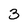
Character: 3